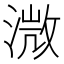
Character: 溦